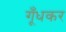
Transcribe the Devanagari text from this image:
गूँधकर